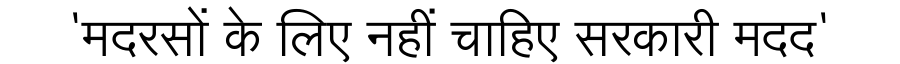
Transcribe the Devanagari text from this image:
'मदरसों के लिए नहीं चाहिए सरकारी मदद'